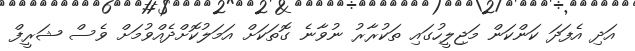
އަދި އެފަދަ ކަންކަން މަޖިލީހުގައި ތަކުރާރު ނުވާނެ ގޮތަކަށް އަމަލުކޮށްދެއްވުމަށް ވެސް ޝަރީފް